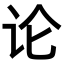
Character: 论